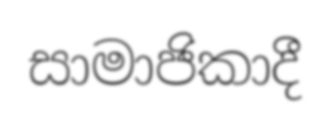
සාමාජිකාදී